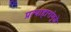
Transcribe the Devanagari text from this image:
प्रत्याहारांमुळे